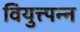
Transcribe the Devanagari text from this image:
वियुत्त्पन्न